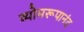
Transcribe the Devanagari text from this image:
व्योमरूपानंद